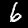
Digit: 6